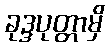
ခုဒ္ဒပုတ္တာမှိ